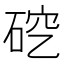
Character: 𪿜